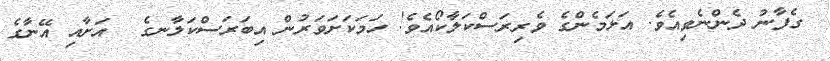
ގެފާނު ދެންނެވިއެވެ. އަޅަމެންގެ ވެރިރަސްކަލާކޯއެވެ! ހަމަކަށަވަރުން އިބަރަސްކަލާނގެ  އަށާއި އޭނާގެ